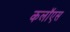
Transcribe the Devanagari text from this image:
कलॉएस